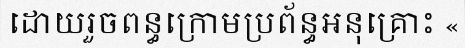
ដោយរួចពន្ធក្រោមប្រព័ន្ធអនុគ្រោះ «